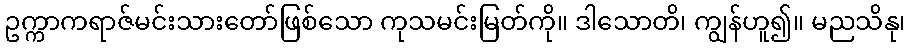
ဥက္ကာကရာဇ်မင်းသားတော်ဖြစ်သော ကုသမင်းမြတ်ကို။ ဒါသောတိ၊ ကျွန်ဟူ၍။ မညသိနု၊